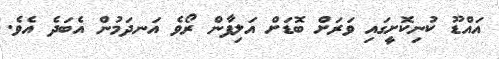
އައްޑޫ ކުނިކޮށީގައި ވަރަށް ބޮޑަށް އަލިފާން ރޯވެ އަނދަމުން އެބަދެ އެވެ.